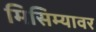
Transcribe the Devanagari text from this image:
मिसिम्यावर